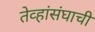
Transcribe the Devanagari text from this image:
तेव्हांसंघाची